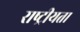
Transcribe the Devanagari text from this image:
राष्‍ट्रीयता